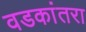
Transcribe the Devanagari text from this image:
वडकांतरा